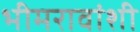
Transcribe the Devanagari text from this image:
भीमरावांशी